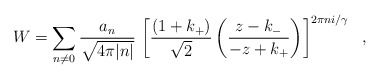
\begin{align*}W = \sum_{n\ne0} \frac{a_n}{\sqrt{4\pi|n|}} \, \left[\frac{(1 + k_+)}{\sqrt{2}}\left( \frac{z - k_-}{-z + k_+} \right) \right]^{2\pi n i/\gamma}\ \ ,\end{align*}